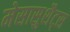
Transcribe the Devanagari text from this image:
मेसासुशैट्स